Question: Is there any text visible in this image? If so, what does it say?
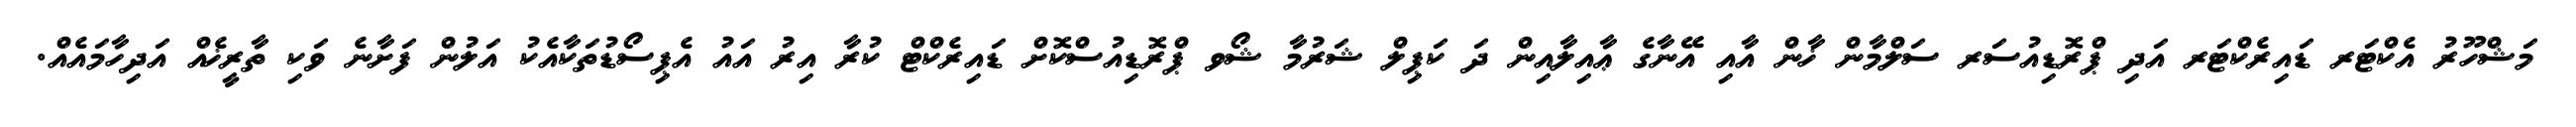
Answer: މަޝްހޫރު އެކްޓަރ ޑައިރެކްޓަރ އަދި ޕްރޮޑިއުސަރ ސަލްމާން ޚާން އާއި އޭނާގެ ޢާއިލާއިން ދަ ކަޕިލް ޝަރުމާ ޝޯވ ޕްރޮޑިއުސްކޮށް ޑައިރެކްޓް ކުރާ އިރު އައު އެޕިސޯޑުތަކާއެކު އަލުން ފަށާނެ ވަކި ތާރީޚެއް އަދިހާމައެއް.